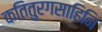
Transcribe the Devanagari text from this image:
कतितुरगसाहिनि